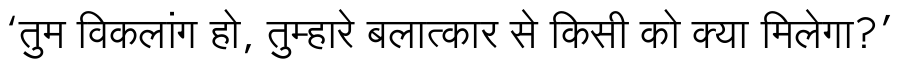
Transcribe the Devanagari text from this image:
‘तुम विकलांग हो, तुम्हारे बलात्कार से किसी को क्या मिलेगा?’